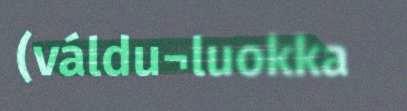
(váldu¬luokka